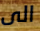
الى